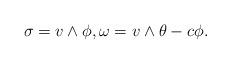
LaTeX: \begin{align*}\sigma=v\wedge \phi, \omega=v\wedge \theta-c\phi.\end{align*}